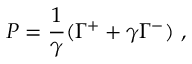
P = \frac { 1 } { \gamma } ( \Gamma ^ { + } + \gamma \Gamma ^ { - } ) ~ ,